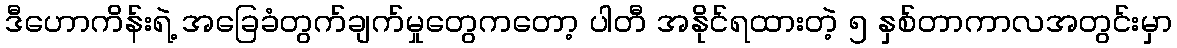
ဒီဟောကိန်းရဲ့ အခြေခံတွက်ချက်မှုတွေကတော့ ပါတီ အနိုင်ရထားတဲ့ ၅ နှစ်တာကာလအတွင်းမှာ